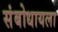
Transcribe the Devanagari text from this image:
संबोधायला